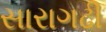
સારાગઢી